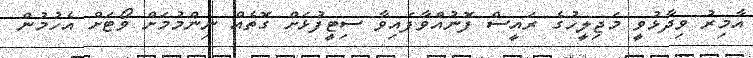
އާމިރު ވިދާޅުވީ މަޖިލީހުގެ ރައީސް ފޮނުއްވާފައިވާ ސިޓީފުޅަށް ގޮތެއް ނިންމުމަށް ވޯޓަށް އެހުމުން